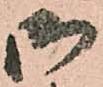
御